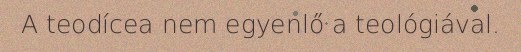
A teodícea nem egyenlő a teológiával.